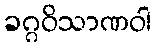
ခဂ္ဂဝိသာဏဝါ